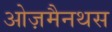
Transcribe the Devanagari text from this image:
ओज़मैनथस